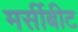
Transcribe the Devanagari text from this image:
मर्सीबीट